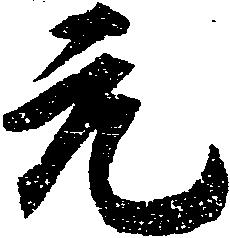
元